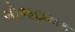
બોજદાયક